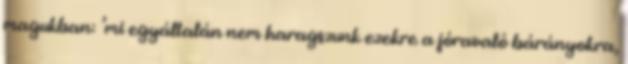
magukban: ’mi egyáltalán nem haragszunk ezekre a jóravaló bárányokra,